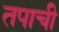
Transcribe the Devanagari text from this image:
तपाची